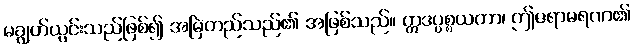
မချွတ်ယွင်းသည်ဖြစ်၍ အမြဲတည်သည်၏ အဖြစ်သည်။ ဣဒပ္ပစ္စယတာ၊ ဤဇရာမရဏ၏